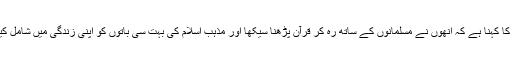
ان کا کہنا ہے کہ انھوں نے مسلمانوں کے ساتھ رہ کر قرآن پڑھنا سیکھا اور مذہب اسلام کی بہت سی باتوں کو اپنی زندگی میں شامل کیا ۔